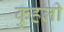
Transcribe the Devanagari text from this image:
कुहली